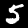
Digit: 5